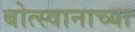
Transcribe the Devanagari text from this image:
बोत्स्वानाच्या